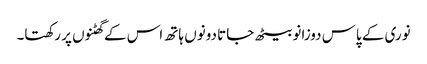
نوری کے پاس دوزانو بیٹھ جاتا دونوں ہاتھ اس کے گھٹنوں پر رکھتا۔